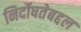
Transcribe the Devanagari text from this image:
निर्दोषतेबद्दल